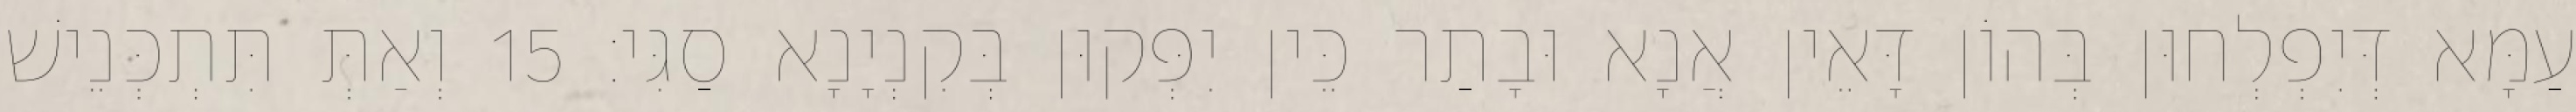
עַמָּא דְּיִפְלְחוּן בְּהוֹן דָּאֵין אֲנָא וּבָתַר כֵּין יִפְּקוּן בְּקִנְיָנָא סַגִּי׃ 15 וְאַתְּ תִּתְכְּנֵישׁ